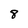
Character: 8